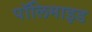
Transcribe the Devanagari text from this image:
पॉलिमाइड